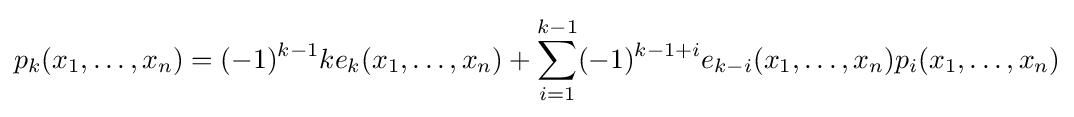
p_{k}(x_{1},\ldots ,x_{n})=(-1)^{k-1}ke_{k}(x_{1},\ldots ,x_{n})+\sum _{i=1}^{k-1}(-1)^{k-1+i}e_{k-i}(x_{1},\ldots ,x_{n})p_{i}(x_{1},\ldots ,x_{n})